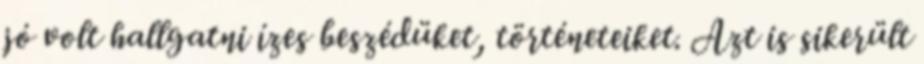
jó volt hallgatni ízes beszédüket, történeteiket. Azt is sikerült